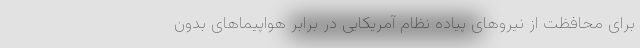
برای محافظت از نیروهای پیاده نظام آمریکایی در برابر هواپیماهای بدون